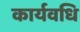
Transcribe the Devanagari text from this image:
कार्यवधि